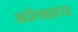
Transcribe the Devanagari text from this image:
आदीलशहाच्या